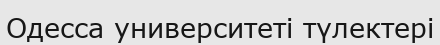
Одесса университеті түлектері